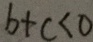
b + c < 0